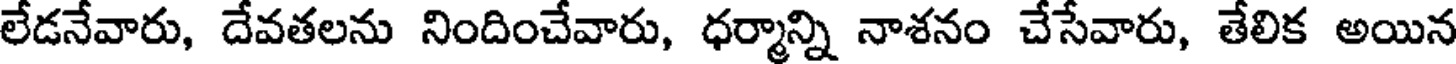
లేడనేవారు, దేవతలను నిందించేవారు, ధర్మాన్ని నాశనం చేసేవారు, తేలిక అయిన